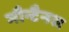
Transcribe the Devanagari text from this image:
मौन्टैनस